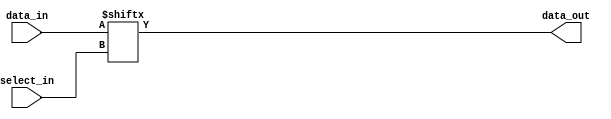
module mux #(parameter NUM_INPUTS = 2, parameter NUM_OUTPUTS = 1) (

	input [(NUM_INPUTS-1):0] data_in,
	input [$clog2(NUM_INPUTS)-1:0] select_in,
	output data_out
);

reg [NUM_INPUTS:0] D;

assign data_out = data_in[select_in];

endmodule